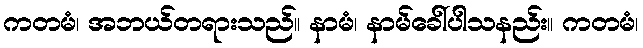
ကတမံ၊ အဘယ်တရားသည်။ နာမံ၊ နာမ်ခေါ်ပါသနည်း။ ကတမံ၊